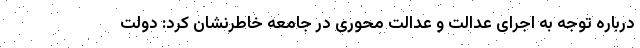
درباره توجه به اجرای عدالت و عدالت محوری در جامعه خاطرنشان کرد: دولت